Document type: Emphyteutic lease
Year: 1295
Scribe: Pere de Noguera, prevere
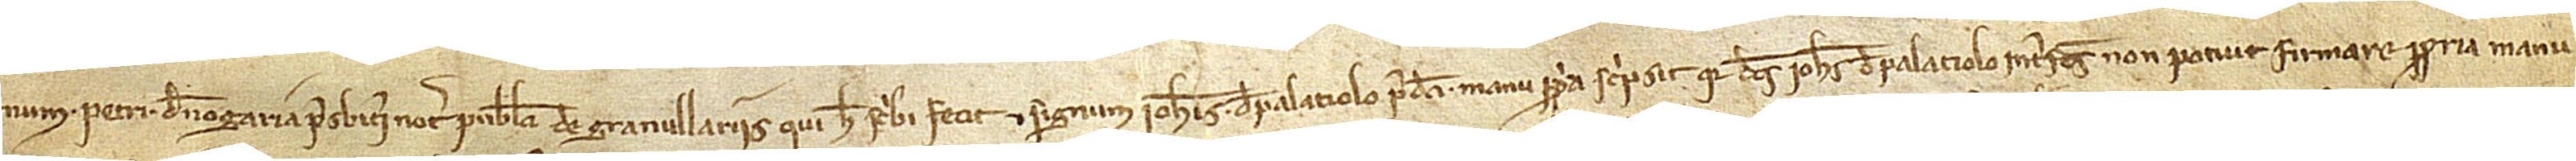
num Petri de Nogaria, presbiteri, notarii publici de Granullariis, qui hec scribi fecit et signum Iohannis de Palatiolo predicti manu propria scripsit, quia dictus Iohannes de Palatiolo interfectus non potuit firmare propria manu